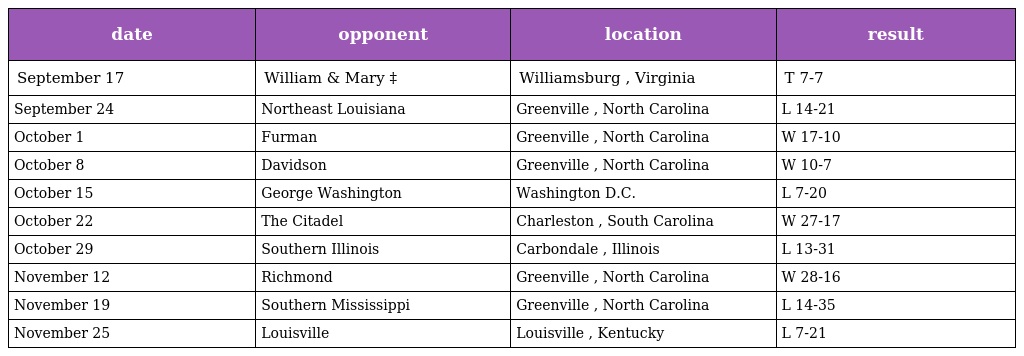
| date | opponent | location | result |
 | --- | --- | --- | --- |
 | September 17 | William & Mary ‡ | Williamsburg , Virginia | T 7-7 |
 | September 24 | Northeast Louisiana | Greenville , North Carolina | L 14-21 |
 | October 1 | Furman | Greenville , North Carolina | W 17-10 |
 | October 8 | Davidson | Greenville , North Carolina | W 10-7 |
 | October 15 | George Washington | Washington D.C. | L 7-20 |
 | October 22 | The Citadel | Charleston , South Carolina | W 27-17 |
 | October 29 | Southern Illinois | Carbondale , Illinois | L 13-31 |
 | November 12 | Richmond | Greenville , North Carolina | W 28-16 |
 | November 19 | Southern Mississippi | Greenville , North Carolina | L 14-35 |
 | November 25 | Louisville | Louisville , Kentucky | L 7-21 |